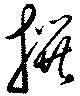
撰